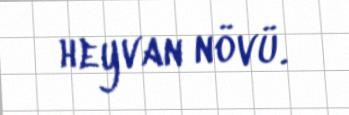
heyvan növü.